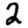
Digit: 2